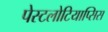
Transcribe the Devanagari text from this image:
पेस्टलोटियाप्सिस